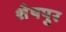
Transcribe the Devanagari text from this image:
शेषपुर